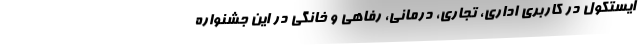
ایستکول در کاربری اداری، تجاری، درمانی، رفاهی و خانگی در این جشنواره